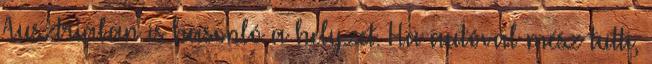
Ausztriában is hasonló a helyzet. Ha autóval mész tutti,